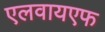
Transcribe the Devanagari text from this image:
एलवायएफ